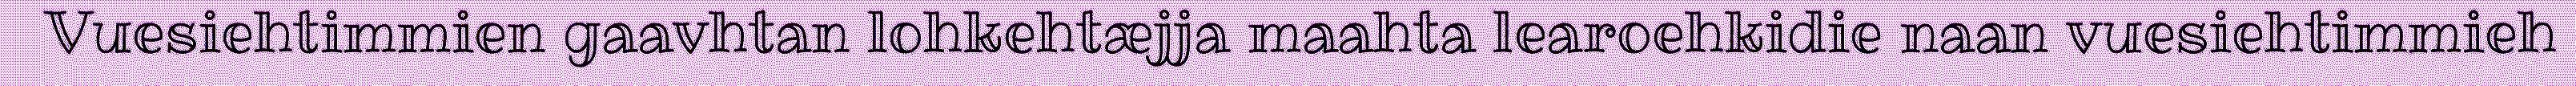
Vuesiehtimmien gaavhtan lohkehtæjja maahta learoehkidie naan vuesiehtimmieh